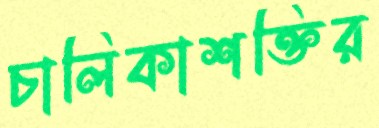
চালিকাশক্তির